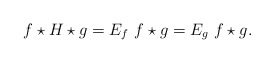
\begin{align*}f\star H\star g= E_f ~f\star g =E_g ~f\star g.\end{align*}